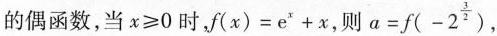
的偶函数，当$$x \geq 0$$时，$$f(x)=e^{x}+x$$，则$$a=f(-2^{\frac{3}{2}})$$,